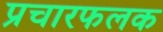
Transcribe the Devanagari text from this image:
प्रचारफलक